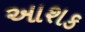
આશક